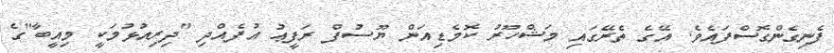
ފެނިގެންގޮސްފައެވެ. އޭގެ ތެރޭގައި މަޝްހޫރު ކޮމެޑިއަން ޔޫސުފް ރަފީޢު އުފެއްދި "ދިރިއުޅުމަކީ މިއީބާ"ގެ